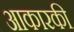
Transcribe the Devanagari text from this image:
आकारकी